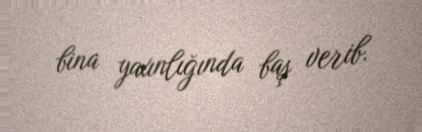
bina yaxınlığında baş verib.